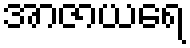
အာဇာယရေ